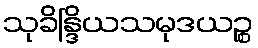
သုခိန္ဒြိယသမုဒယဉ္စ